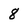
Character: 8